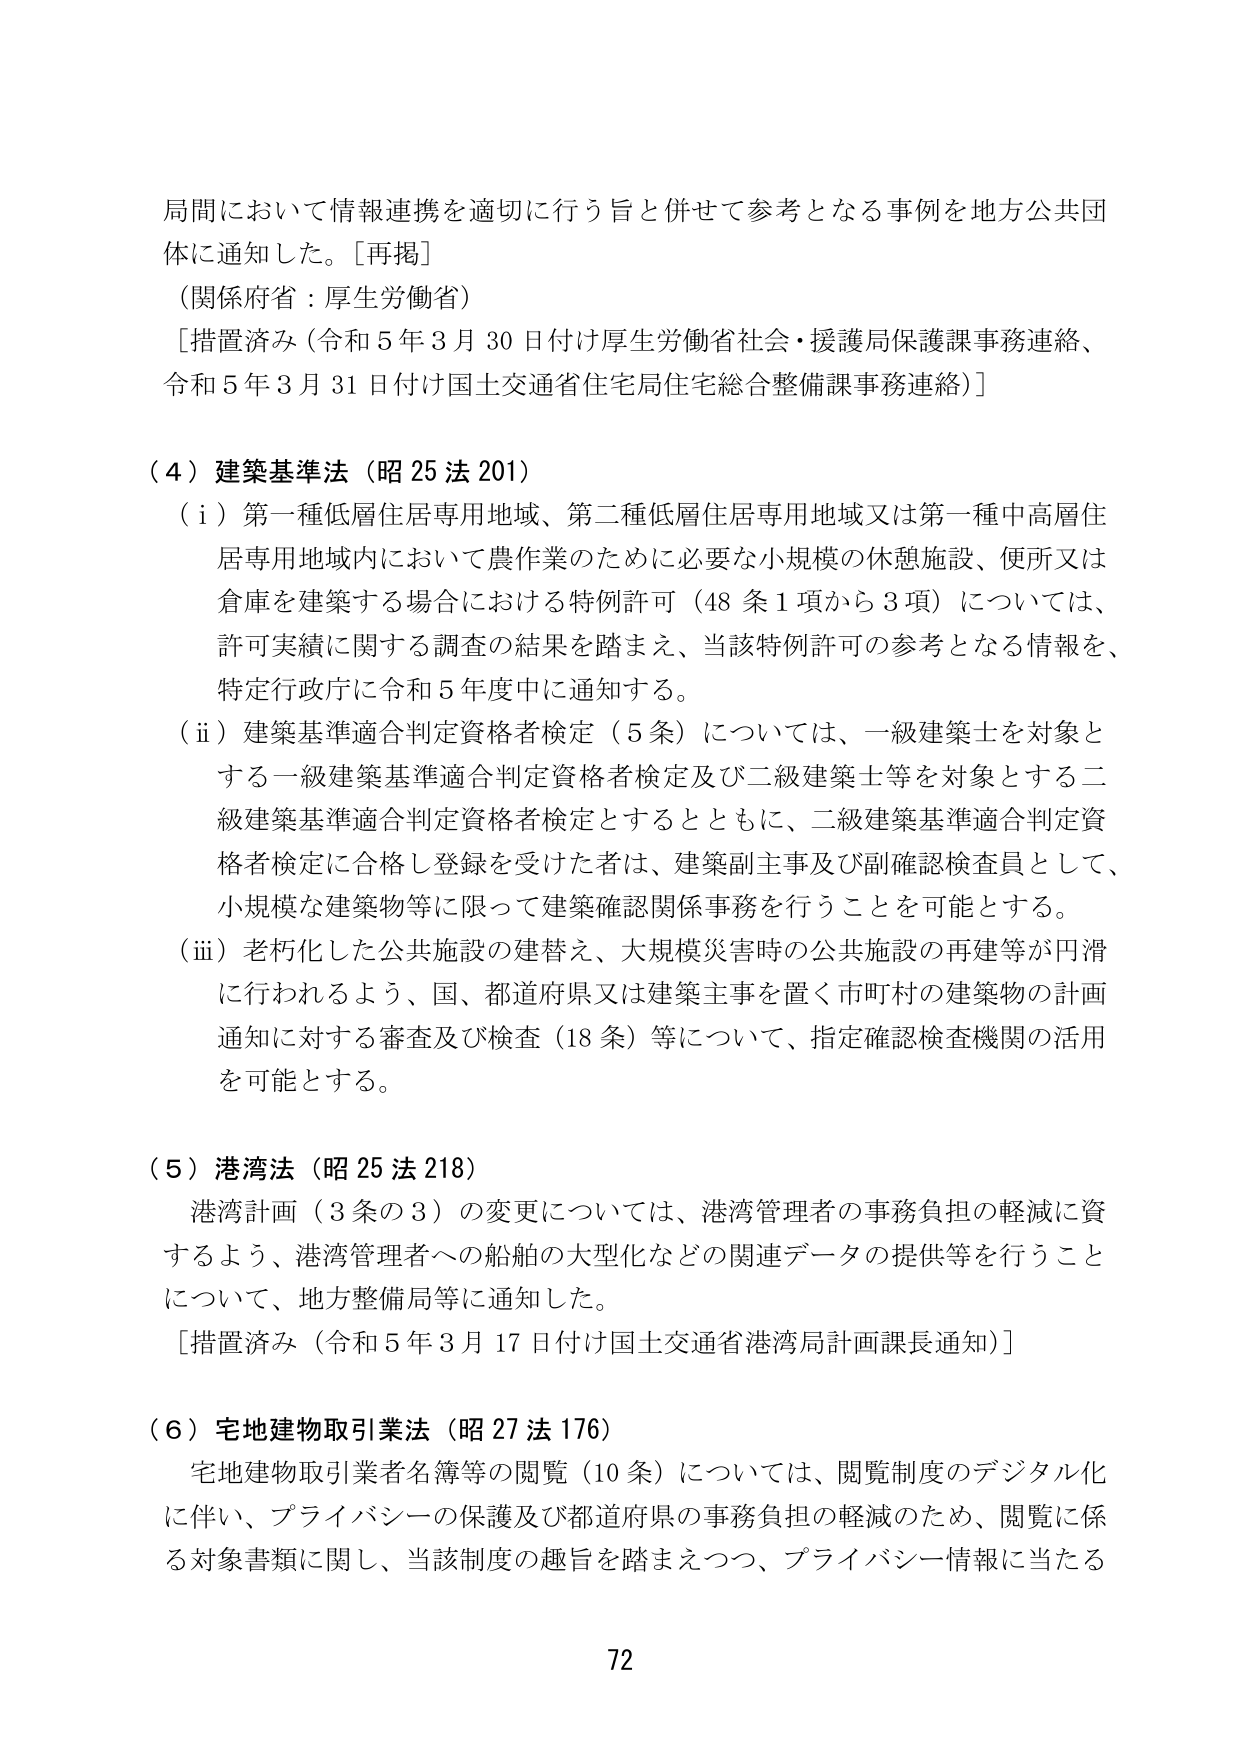
局間において情報連携を適切に行う旨と併せて参考となる事例を地方公共団体に通知した。［再掲］
（関係府省：厚生労働省）
［措置済み（令和５年３月30日付け厚生労働省社会・援護局保護課事務連絡、令和５年３月31日付け国土交通省住宅局住宅総合整備課事務連絡）］

（４）建築基準法（昭25法201）
（ⅰ）第一種低層住居専用地域、第二種低層住居専用地域又は第一種中高層住居専用地域内において農作業のために必要な小規模の休憩施設、便所又は倉庫を建築する場合における特例許可（48条1項から3項）については、許可実績に関する調査の結果を踏まえ、当該特例許可の参考となる情報を、特定行政庁に令和5年度中に通知する。
（ⅱ）建築基準適合判定資格者検定（5条）については、一級建築士を対象とする一級建築基準適合判定資格者検定及び二級建築士等を対象とする二級建築基準適合判定資格者検定とするとともに、二級建築基準適合判定資格者検定に合格し登録を受けた者は、建築副主事及び副確認検査員として、小規模な建築物等に限って建築確認関係事務を行うことを可能とする。
（ⅲ）老朽化した公共施設の建替え、大規模災害時の公共施設の再建等が円滑に行われるよう、国、都道府県又は建築主事を置く市町村の建築物の計画通知に対する審査及び検査（18条）等について、指定確認検査機関の活用を可能とする。

（５）港湾法（昭25法218）
港湾計画（3条の3）の変更については、港湾管理者の事務負担の軽減に資するよう、港湾管理者への船舶の大型化などの関連データの提供等を行うことについて、地方整備局等に通知した。
［措置済み（令和５年３月17日付け国土交通省港湾局計画課長通知）］

（６）宅地建物取引業法（昭27法176）
宅地建物取引業者名簿等の閲覧（10条）については、閲覧制度のデジタル化に伴い、プライバシーの保護及び都道府県の事務負担の軽減のため、閲覧に係る対象書類に関し、当該制度の趣旨を踏まえつつ、プライバシー情報に当たる

72